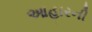
આહારની